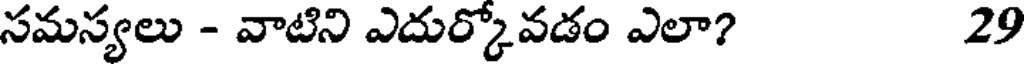
సమస్యలు - వాటిని ఎదుర్కోవడం ఎలా? 29